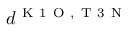
d ^ { \mathrm { ~ K ~ 1 ~ O ~ } , \mathrm { ~ T ~ 3 ~ N ~ } }